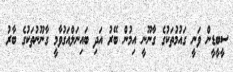
ސީބީޑީން ވަނީ ގައުމުތަކުގެ ގާނޫނީ އިމުން ބޭރު އަދި ބައިނަލްއަގުވާމީ ގާނޫނުތަކުގެ ބާރު